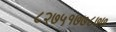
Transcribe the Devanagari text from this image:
८२७५१७७८७७